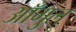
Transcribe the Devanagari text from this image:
आँगुल